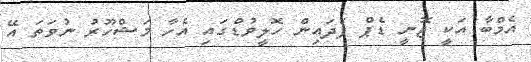
އެމްބާ އަކީ ޖޮނީ ޑެޕް ފަދައިން ހޮލީވުޑްގައި އެހާ މަޝްހޫރު ނުވަތަ އޭ